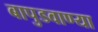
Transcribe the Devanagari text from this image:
बापुडवाण्या